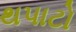
થપાટો